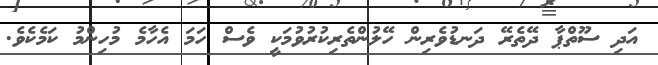
އަދި ސޫތްޕާ ދޭތެރޭ ދަނޑުވެރިން ހޭލުންތެރިކުރުވުމަކީ ވެސް ހަަމަ އެހާމެ މުހިންމު ކަމެކެވެ.